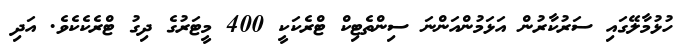
ހުޅުމާލޭގައި ސަރުކާރުން އަޅަމުންއަންނަ ސިންތެޓިކް ޓްރެކަކީ 400 މީޓަރުގެ ދިގު ޓްރެކެކެވެ. އަދި